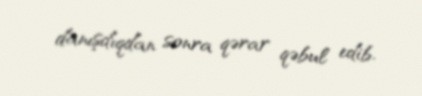
danışdıqdan sonra qərar qəbul edib.